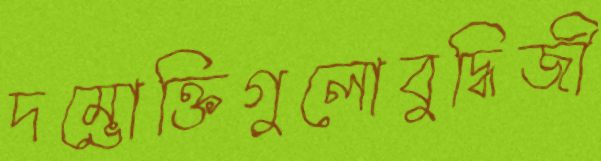
দম্ভোক্তিগুলোবুদ্ধিজী